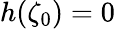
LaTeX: h(\zeta_{0})=0